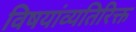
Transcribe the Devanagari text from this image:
विषयांव्यतिरिक्त